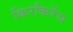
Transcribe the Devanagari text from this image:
किरकिरेंच